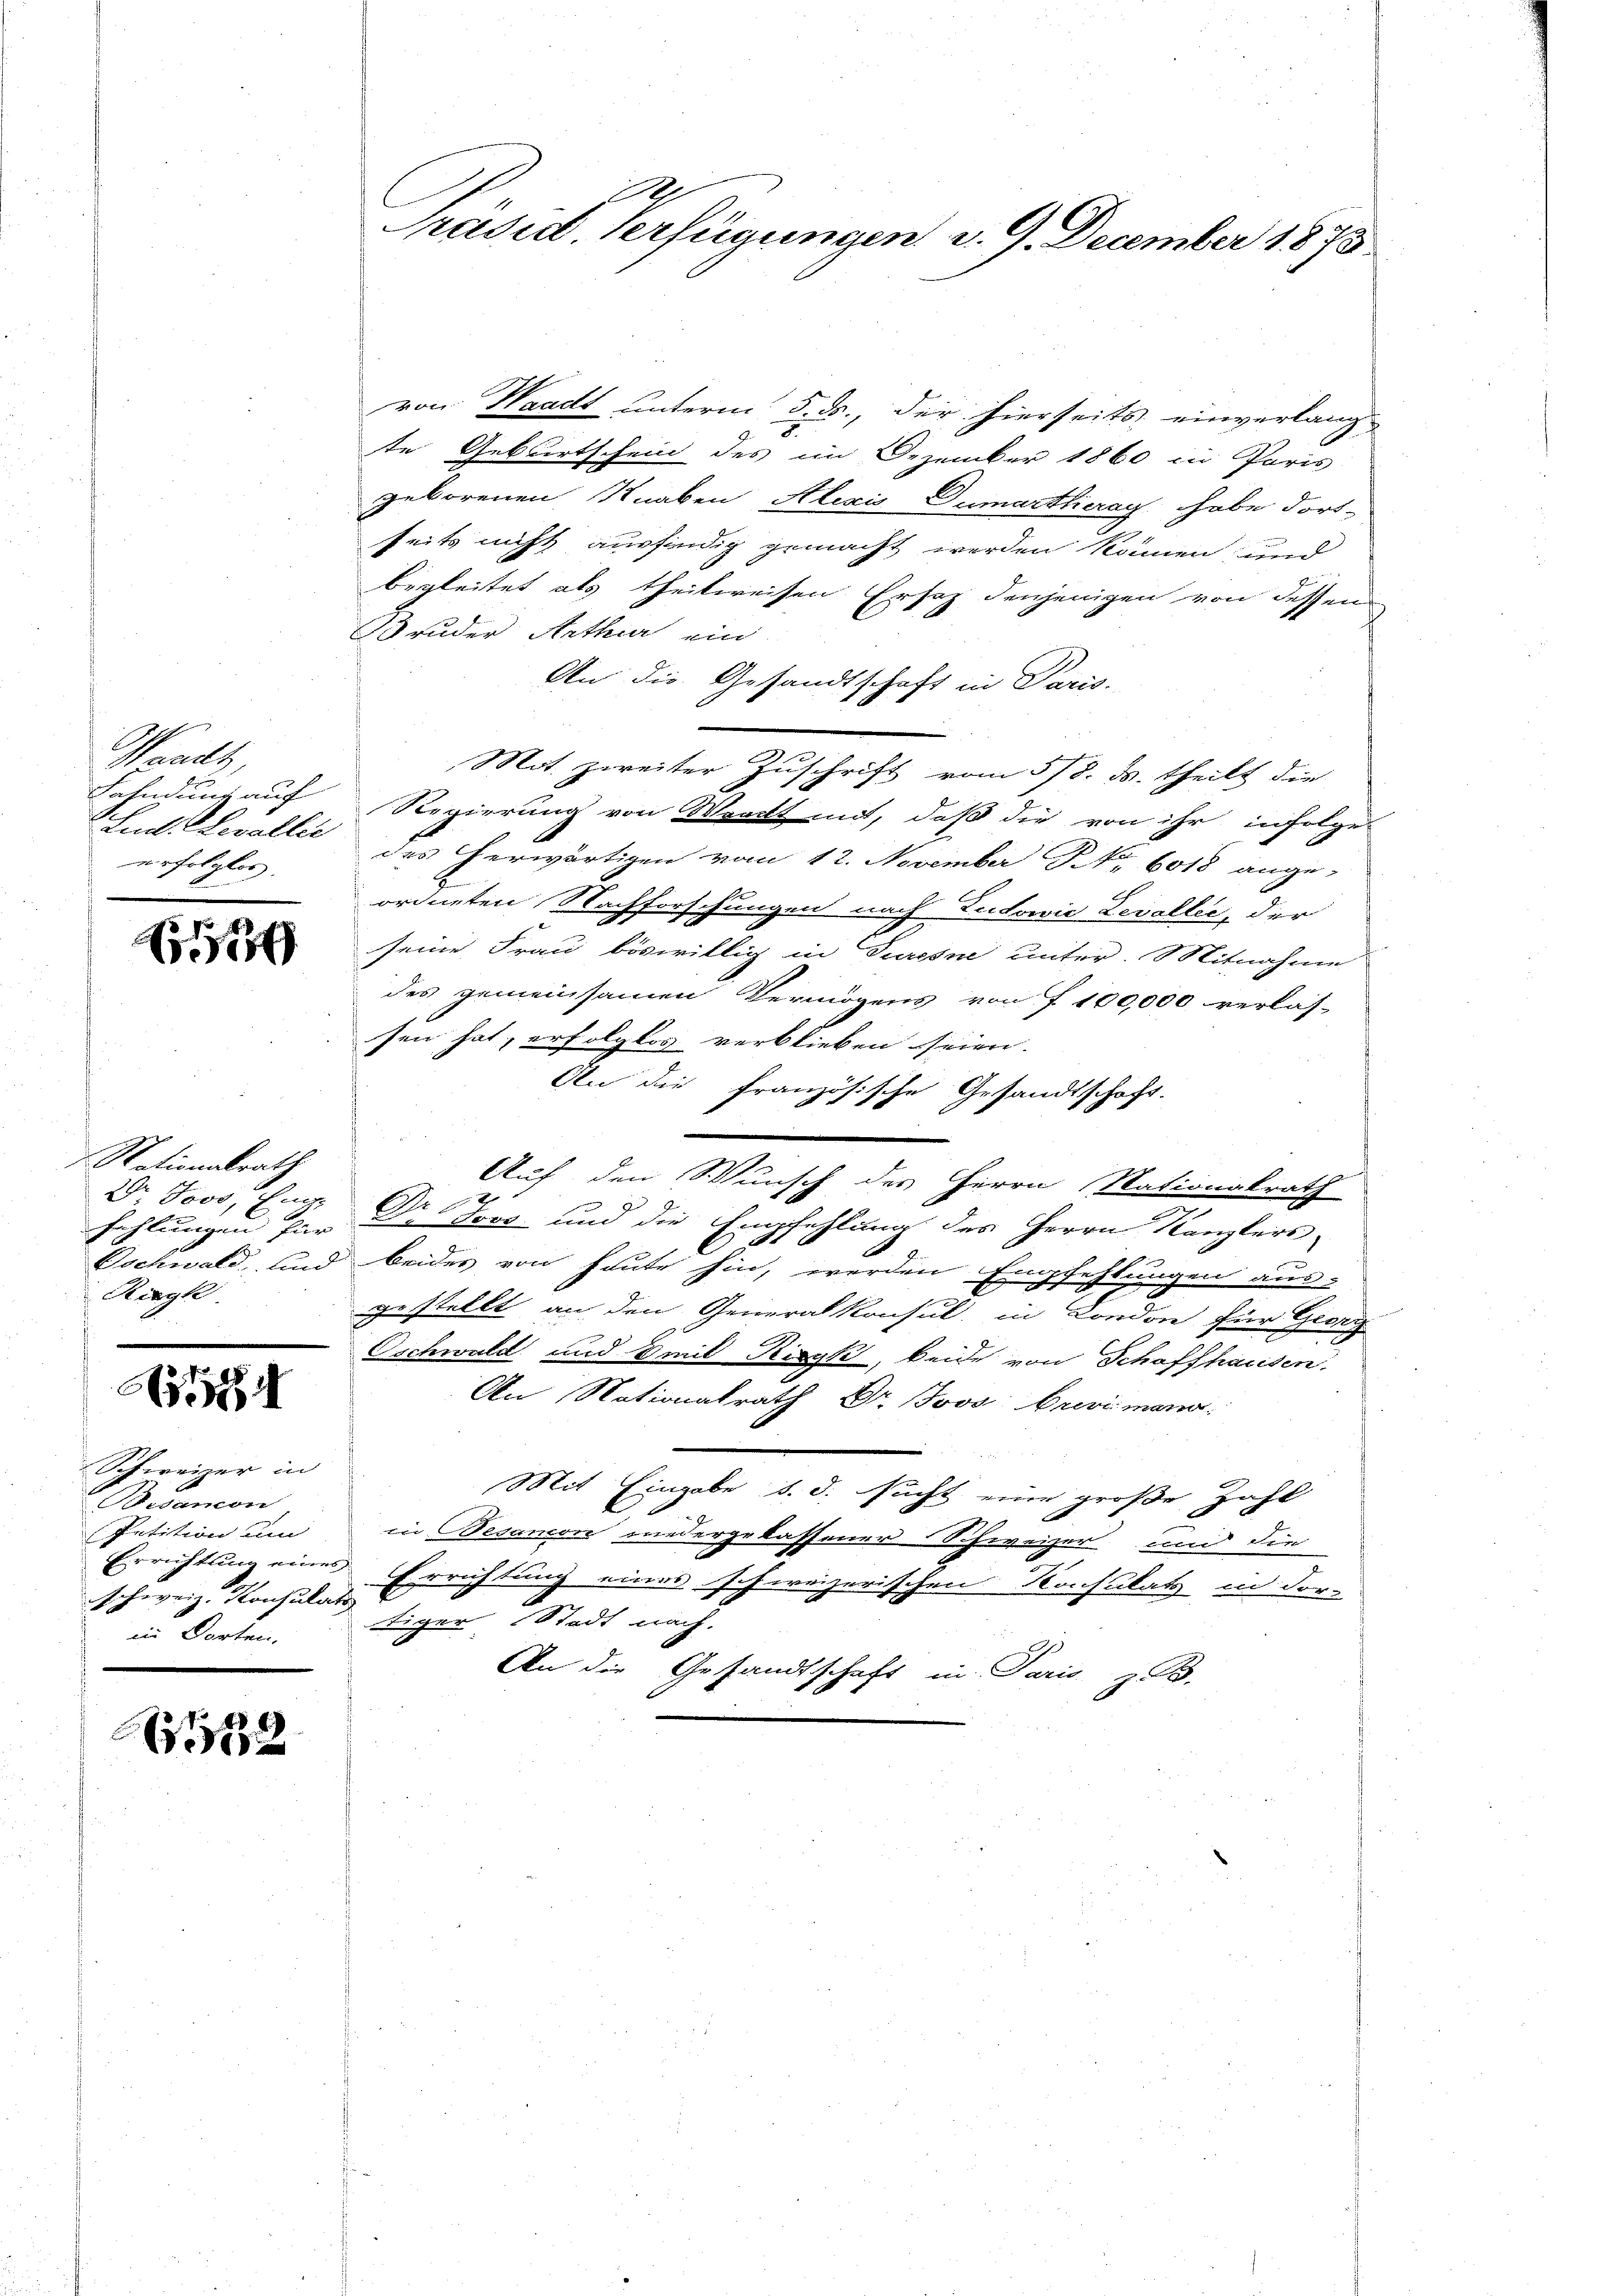
Waadt,
Lud. Levallei
erfolglos.

No 134

Nationalrath
2 Joos, Enge
Rigk

A5554

Schweizer in
Bisancon
Petition um
schweiz. Konsulats
in Dorten.

182

von Waadt unterm 5. ds., der hierseits einverlang-
te Geburtschein des im Dezember 1860 in Paris
geborenen Knaben Alexis Dumarthieray, habe dort-
u
seits nicht ausfindig gemacht werden können, und
begleitet als theilweisen Ersatz denjenigen von dessen
Bruder Arthur ein
An die Gesandtschaft in Paris.
F
Mit zweiter Zuschrift vom 5/8. d. theilt die
Fahndung auf Regierung von Waadt mit, daß die von ihr infolge
des herwärtigen vom 12. November No. 6018 ange-
ordneten Nachforschungen nach Tudowić Levaller, der
seine Frau böswillig in Turesne unter. Mitnahme
des gemeinsamen Vermögens von f. 100,000 verlas-
sen hat, erfolglos verblieben seien.
An die französische Gesandtschaft.
.
Auf den Wunsch des Herrn Stationalrath
fehlungen für Dr Trog und die Empfehlung des Herrn Kanzlers,
Oschwald, und beides von heute hin, werden Empfehlungen aus-
gestellt, an den Generalkonsul, in London für Georg
Oschwald und mit Risyk, beide von Schaffhausen
An Nationalrath Dr. Jovo brevi mann.
Mit Eingabe d. d. sucht eine große Zahl
in Besamon wiedergelassener Schweizer und die
Errichtung eines Errichtung eines schweizerischen Konsulats in For-
tiger Stadt nach.
An die Gesandtschaft in Paris z. B.

d
Präsid. Verfügungen d. 9. December 1875